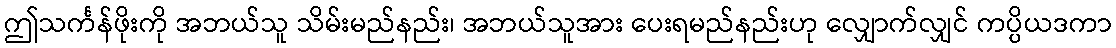
ဤသင်္ကန်ဖိုးကို အဘယ်သူ သိမ်းမည်နည်း၊ အဘယ်သူအား ပေးရမည်နည်းဟု လျှောက်လျှင် ကပ္ပိယဒကာ